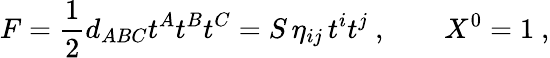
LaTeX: F={\frac{1}{2}}d_{ABC}t^{A}t^{B}t^{C}=S\, \eta_{ij}\, t^{i}t^{j}\ ,\qquad X^{0}=1\ ,